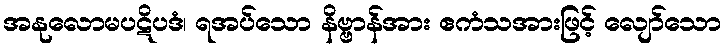
အနုလောမပဋိပဒံ၊ ရအပ်သော နိဗ္ဗာန်အား ဧကံသအားဖြင့် လျော်သော